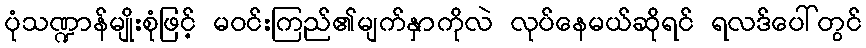
ပုံသဏ္ဍာန်မျိုးစုံဖြင့် မဝင်းကြည်၏မျက်နှာကိုလဲ လုပ်နေမယ်ဆိုရင် ရလဒ်ပေါ်တွင်